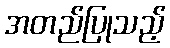
အတည်ပြုသည့်